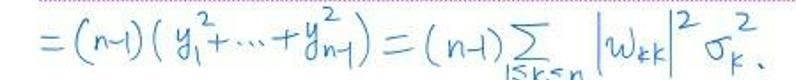
$=(n - 1)(y_1^2 + \cdots + y_{n - 1}^2)=(n - 1)\sum_{1\leqslant r < n}\left|w_{rk}\right|^2\sigma_k^2.$